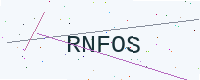
Text: RNFOS